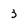
Character: 3